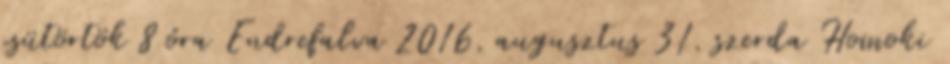
csütörtök 8 óra Endrefalva 2016. augusztus 31. szerda Homoki